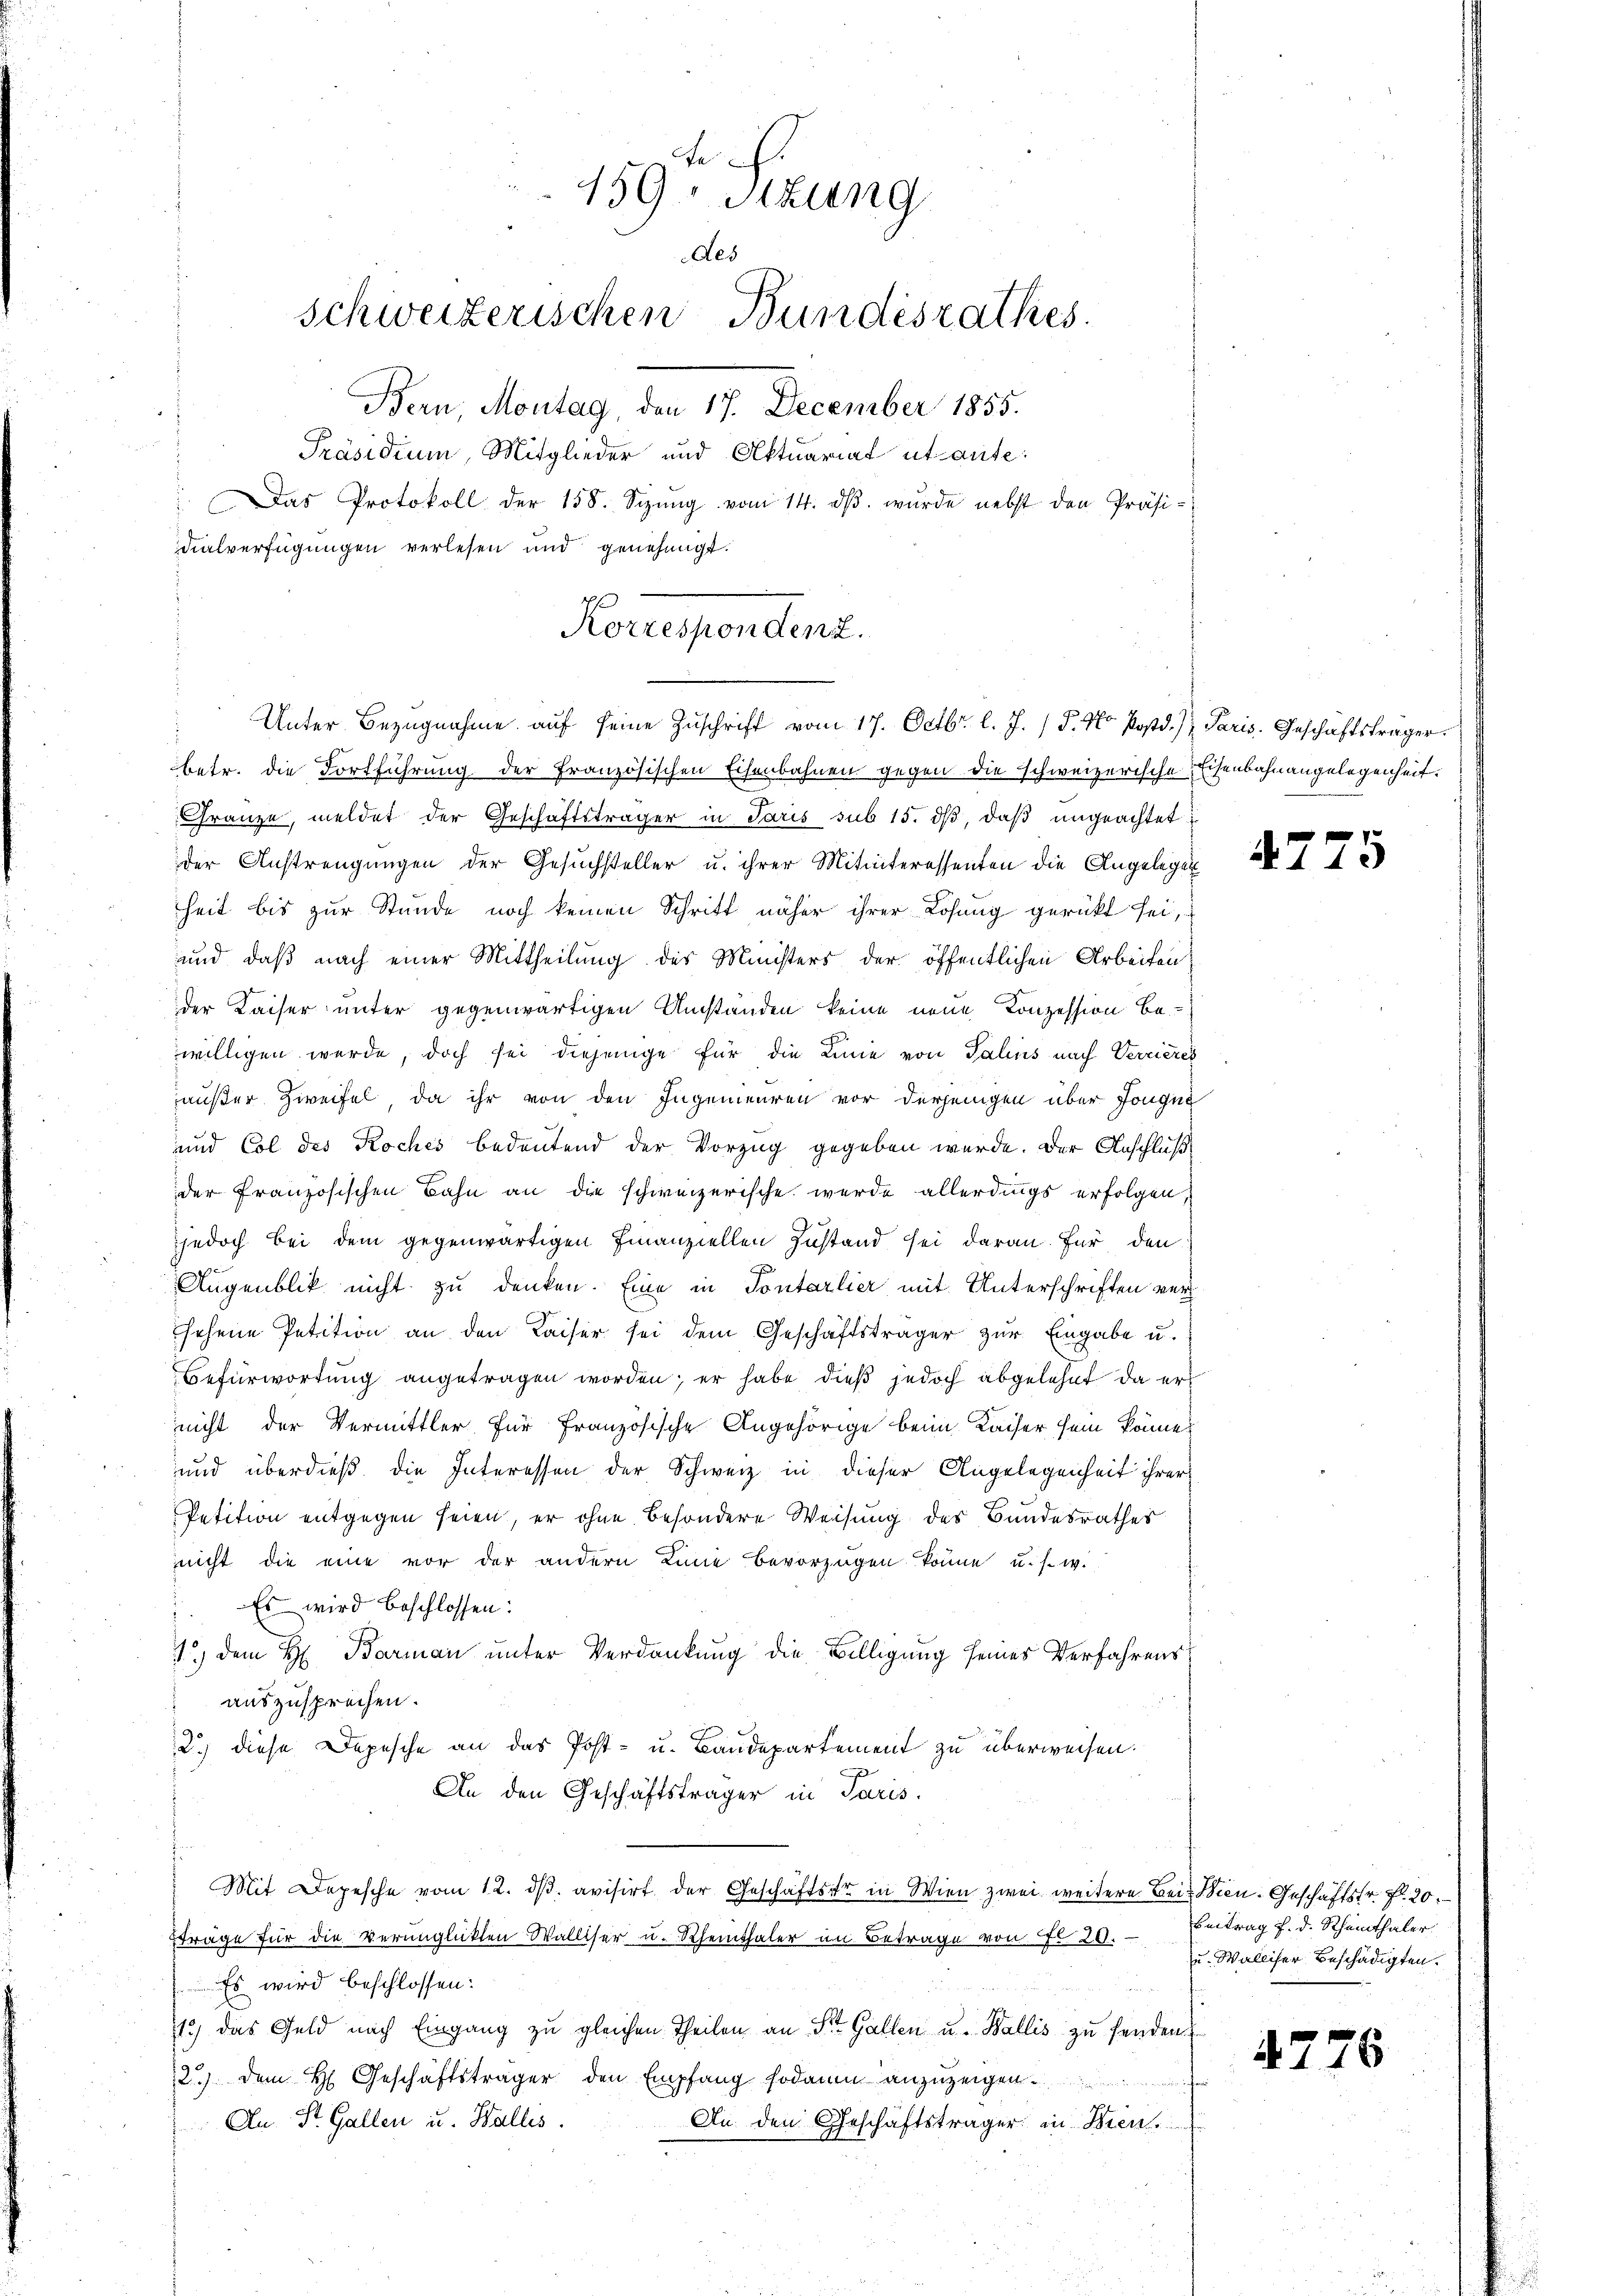
159 Stzung
des
schweizerischen Bundesrathes.
Bern, Montag, den 17. December 1855.
Präsidium, Mitglieder und Aktuariat et aute:
 Das Protokoll der 158. Sizŭng vom 14. dβ. wurde nebst den Präsi-
dialverfügungen verlesen und genehmigt.

Korrespondent.
Unter Bezugnahme auf seine Zuschrift vom 17. Octbr. l. J. (T. No. Postd.) Paris. Geschäftsträger

betr. die Fortführung der Französischen Eisenbahnen gegen die schweizerische Eisenbahnangelegenheit.
Franze, meldet der Geschäftsträger in Paris sub 15. dβ, daß ungeachtet:
der Anstrengungen der Gesuchsteller u. ihrer Mitinteressenten die Angelegen
heit bis zur Stunde noch keinen Schritt näher ihrer Losung gerückt sei,
und daß nach einer Mittheilung des Ministers der öffentlichen Arbeiten
der Kaiser unter gegenwärtigen Umständen keine neue Konzession be-
willigen werde, doch sei diejenige für die Linie von Palins nach Verrieres
außer Zweifel, da ihr von den Ingenieuren vor derjenigen über Jouque
und Col des Koches bedeutend der Vorzug gegeben würde. Der Anschluß
der französischen Bahn an die schweizerische wurde allerdings erfolgen,
jedoch bei dem gegenwärtigen Finanziellen Zustand sei daran. Für den
Augenblick nicht zu denken. Eine in Pontarlier mit Unterschriften verhehene Petition an den Kaiser sei dem Geschäftsträger zur Eingabe u.
Befürwortung angetragen worden; er habe dieß jedoch abgelehnt da er
nicht der Vermittler für Französische Angehörige beim Kaiser sein könne.
und überdieß die Interessen der Schweiz in dieser Angelegenheit ihrer
Petition entgegen seien, er ohne besondere Weisung des Bundesrathes
nicht die eine vor der andern Linie bevorzügen könne u. s. w.
 Es wird beschlossen:
1.) Dem H. Barman unter Verdankung die Billigung seines Verfahrens
auszusprechen.
2.) diese Depesche an das Post- u. Baudepartement zu überweisen.
An den Geschäftsträger in Paris.
Mit Depesche vom 12. dβ avisirt der Geschäftsar in Wien zwei weitere Bei Wien. Geschäftsfr. f. 20.
träge für die Verunglükten Walliser u. Rheinthaler im Betrage von Fr. 20.
Es wird beschlossen:
i
1) das Geld nach Eingang zu gleichen Theilen an St. Gallen u. Wallis zu senden
2.) Dem H. Geschäftsträger den Empfang sodann anzuzeigen.
An St. Gallen u. Wallis.
An den Geschäftsträger in Biene

47

.

Beitrag f. d. Rheinthaler.
u. Walliser Beschädigten.

s